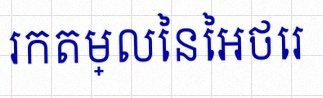
រកតម្លៃនៃអថេរ